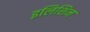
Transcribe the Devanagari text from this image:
इलिशिन